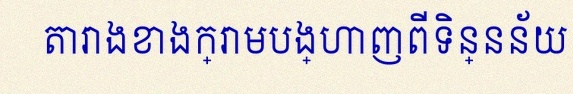
តារាងខាងក្រោមបង្ហាញពីទិន្នន័យ